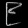
Digit: ၉